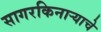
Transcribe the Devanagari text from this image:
सागरकिनार्‍याचे